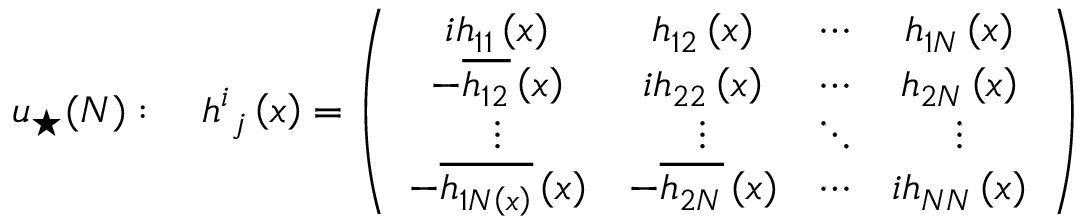
u _ { \star } ( N ) : \quad h _ { \, \, j } ^ { i } \left( x \right) = \left( \begin{array} { c c c c } { { i h _ { 1 1 } \left( x \right) } } & { { h _ { 1 2 } \left( x \right) } } & { { \cdots } } & { { h _ { 1 N } \left( x \right) } } \\ { { - \overline { { { h _ { 1 2 } } } } \left( x \right) } } & { { i h _ { 2 2 } \left( x \right) } } & { { \cdots } } & { { h _ { 2 N } \left( x \right) } } \\ { { \vdots } } & { { \vdots } } & { { \ddots } } & { { \vdots } } \\ { { - \overline { { { h _ { 1 N \left( x \right) } } } } \left( x \right) } } & { { - \overline { { { h _ { 2 N } } } } \left( x \right) } } & { { \cdots } } & { { i h _ { N N } \left( x \right) } } \end{array} \right)